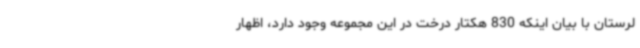
لرستان با بیان اینکه 830 هکتار درخت در این مجموعه وجود دارد، اظهار